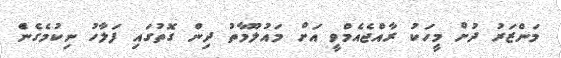
މަންޒަރު ދުށް މީހަކު ރާއްޖެއެމްވީ އަށް މައުލޫމާތު ދިން ގޮތުގައި ފަލާހު ނިކުމެގެނެް